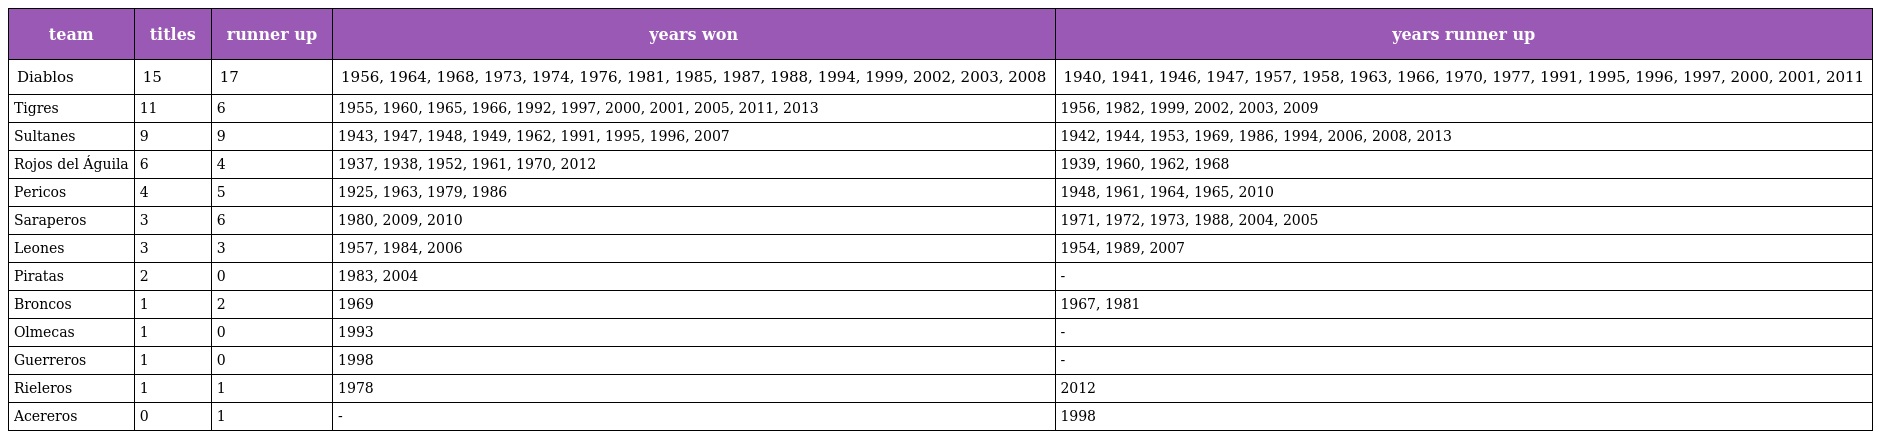
| team | titles | runner up | years won | years runner up |
 | --- | --- | --- | --- | --- |
 | Diablos | 15 | 17 | 1956, 1964, 1968, 1973, 1974, 1976, 1981, 1985, 1987, 1988, 1994, 1999, 2002, 2003, 2008 | 1940, 1941, 1946, 1947, 1957, 1958, 1963, 1966, 1970, 1977, 1991, 1995, 1996, 1997, 2000, 2001, 2011 |
 | Tigres | 11 | 6 | 1955, 1960, 1965, 1966, 1992, 1997, 2000, 2001, 2005, 2011, 2013 | 1956, 1982, 1999, 2002, 2003, 2009 |
 | Sultanes | 9 | 9 | 1943, 1947, 1948, 1949, 1962, 1991, 1995, 1996, 2007 | 1942, 1944, 1953, 1969, 1986, 1994, 2006, 2008, 2013 |
 | Rojos del Águila | 6 | 4 | 1937, 1938, 1952, 1961, 1970, 2012 | 1939, 1960, 1962, 1968 |
 | Pericos | 4 | 5 | 1925, 1963, 1979, 1986 | 1948, 1961, 1964, 1965, 2010 |
 | Saraperos | 3 | 6 | 1980, 2009, 2010 | 1971, 1972, 1973, 1988, 2004, 2005 |
 | Leones | 3 | 3 | 1957, 1984, 2006 | 1954, 1989, 2007 |
 | Piratas | 2 | 0 | 1983, 2004 | - |
 | Broncos | 1 | 2 | 1969 | 1967, 1981 |
 | Olmecas | 1 | 0 | 1993 | - |
 | Guerreros | 1 | 0 | 1998 | - |
 | Rieleros | 1 | 1 | 1978 | 2012 |
 | Acereros | 0 | 1 | - | 1998 |